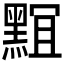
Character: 𪑎